Indian journal of veterinary science and animal husbandry - Volumes 26-27, 1956-1957
Year: 1956
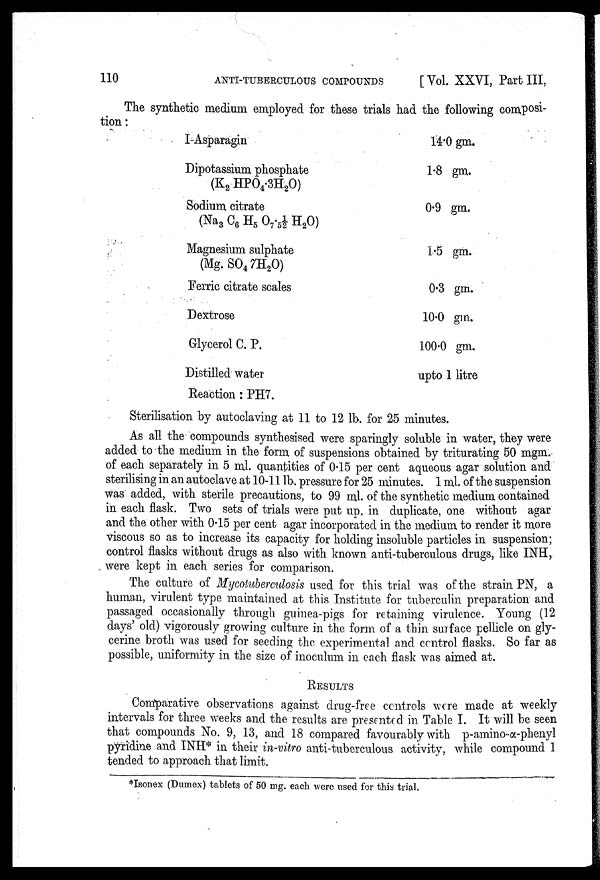
110
ANTI-TUBERCULOUS
COMPOUNDS
[ Vol. XXVI, Part III,
The synthetic medium employed for these trials had the following composi
tion :
I-Asparagin
Dipotassium phosphate
(K 2 HPO 4 .3H 2 O)
Sodium citrate
(Na 3 C 6 H 5 O 7 . 5 ½ H 2 O)
Magnesium sulphate
(Mg. SO 4 7H 2 O)
Ferric citrate scales
Dextrose
Glycerol C. P.
Distilled water
Reaction: PH7.
14.0 gm.
1.8 gm.
0.9 gm.
1.5 gm.
0.3 gm.
10.0 gm.
100.0 gm.
upto 1 litre
Sterilisation by autoclaving at 11 to 12 lb. for 25 minutes.
As all the compounds synthesised were sparingly soluble in water, they were
added to the medium in the form of suspensions obtained by triturating 50 mgm.
of each separately in 5 ml. quantities of 0.15 per cent aqueous agar solution and
sterilising in an autoclave at 10-11 lb. pressure for 25 minutes. 1 ml. of the suspension
was added, with sterile precautions, to 99 ml. of the synthetic medium contained
in each flask. Two sets of trials were put up in duplicate, one without agar
and the other with 0.15 per cent agar incorporated in the medium to render it more
viscous so as to increase its capacity for holding insoluble particles in suspension;
control flasks without drugs as also with known anti-tuberculous drugs, like INH,
were kept in each series for comparison.
The culture of Mycotuberculosis used for this trial was of the strain PN, a
human, virulent type maintained at this Institute for tuberculin preparation and
passaged occasionally through guinea-pigs for retaining virulence. Young (12
days' old) vigorously growing culture in the form of a thin surface pellicle on gly
cerine broth was used for seeding the experimental and control flasks. So far as
possible, uniformity in the size of inoculum in each flask was aimed at.
RESULTS
Comparative observations against drug-free controls were made at weekly
intervals for three weeks and the results are presented in Table I. It will be seen
that compounds No. 9, 13, and 18 compared favourably with p-amino-α-phenyl
pyridine and INH* in their in-vitro anti-tuberculous activity, while compound 1
tended to approach that limit.
*Isonex (Dumex) tablets of 50 mg. each were used for this trial.